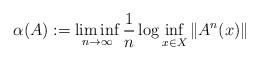
LaTeX: \begin{align*}\alpha(A):= \liminf_{n\rightarrow \infty}\frac{1}{n}\log \inf_{x\in X}\|A^{n}(x)\|\end{align*}